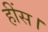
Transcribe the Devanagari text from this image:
हींस।